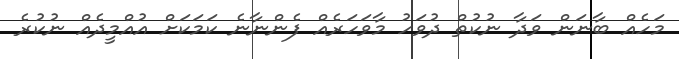
މަހެއް ބާނަން ވަދާ ނުކުތް ދުވަހު މާވަހަރެއް ފެންނާނެ ކަމަކަށް އުއްމީދެއް ނުކުރެ